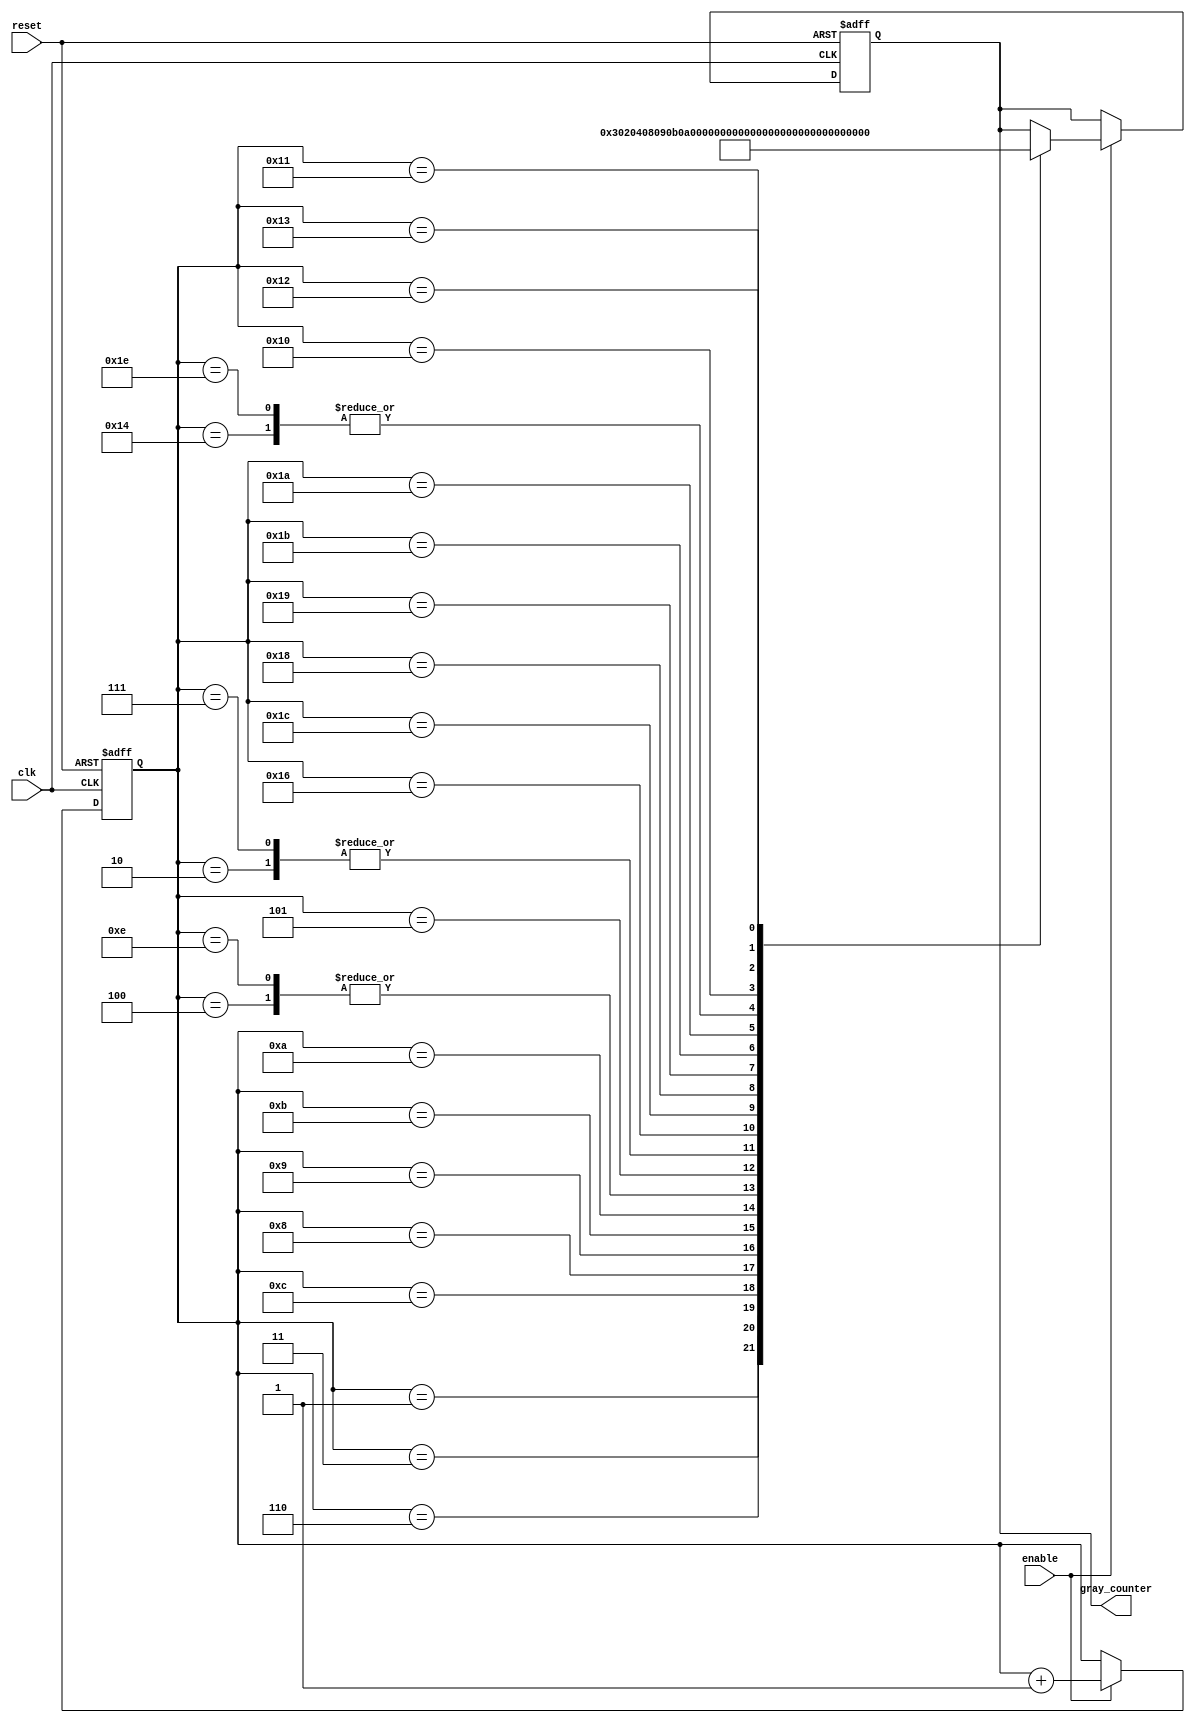
module gray_counter_clock_divider (
    input wire clk,
    input wire enable,
    input wire reset,
    output reg [7:0] gray_counter
);

reg [7:0] counter;

always @(posedge clk or posedge reset) begin
    if (reset) begin
        counter <= 8'b00000001;
        gray_counter <= 8'b00000001;
    end else if (enable) begin
        case (counter)
            8'b00000001: gray_counter <= 8'b00000011;
            8'b00000011: gray_counter <= 8'b00000010;
            8'b00000010: gray_counter <= 8'b00000110;
            8'b00000110: gray_counter <= 8'b00000100;
            8'b00000100: gray_counter <= 8'b00001100;
            8'b00001100: gray_counter <= 8'b00001000;
            8'b00001000: gray_counter <= 8'b00001001;
            8'b00001001: gray_counter <= 8'b00001011;
            8'b00001011: gray_counter <= 8'b00001010;
            8'b00001010: gray_counter <= 8'b00001110;
            8'b00001110: gray_counter <= 8'b00001100;
            8'b00001100: gray_counter <= 8'b00000100;
            8'b00000100: gray_counter <= 8'b00000101;
            8'b00000101: gray_counter <= 8'b00000111;
            8'b00000111: gray_counter <= 8'b00000110;
            8'b00000110: gray_counter <= 8'b00010110;
            8'b00010110: gray_counter <= 8'b00010100;
            8'b00010100: gray_counter <= 8'b00011100;
            8'b00011100: gray_counter <= 8'b00011000;
            8'b00011000: gray_counter <= 8'b00011001;
            8'b00011001: gray_counter <= 8'b00011011;
            8'b00011011: gray_counter <= 8'b00011010;
            8'b00011010: gray_counter <= 8'b00011110;
            8'b00011110: gray_counter <= 8'b00011100;
            8'b00011100: gray_counter <= 8'b00011000;
            8'b00011000: gray_counter <= 8'b00010000;
            8'b00010000: gray_counter <= 8'b00010001;
            8'b00010001: gray_counter <= 8'b00010011;
            8'b00010011: gray_counter <= 8'b00010010;
            8'b00010010: gray_counter <= 8'b00010110;
            8'b00010110: gray_counter <= 8'b00010100;
            8'b00010100: gray_counter <= 8'b00011100;
        endcase
        counter <= counter + 1;
    end
end

endmodule